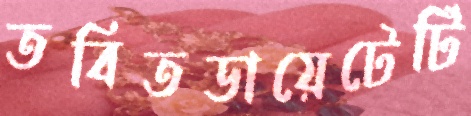
তবিতডায়েটেটি